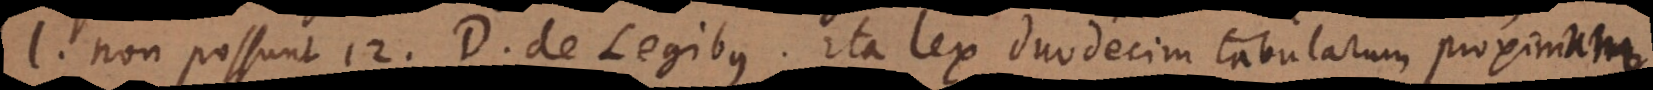
l. non possunt 12. D. de Legibus. Ita lex duodecim tabularum proximum